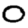
Digit: 0